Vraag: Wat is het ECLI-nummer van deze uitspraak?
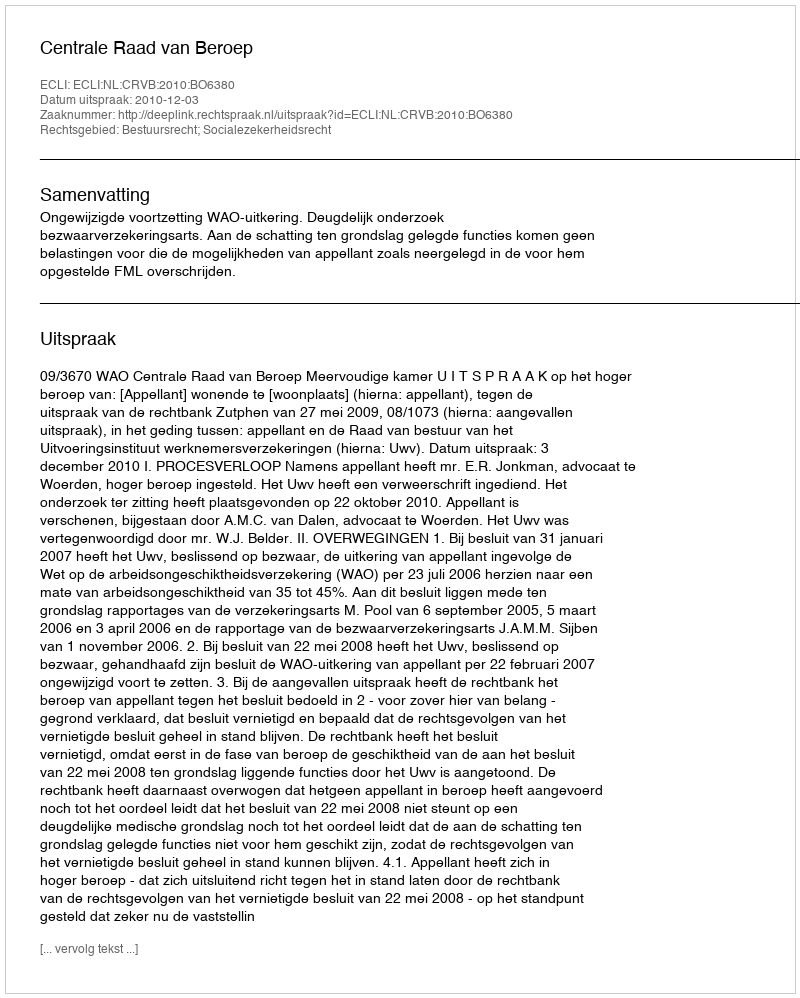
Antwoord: ECLI:NL:CRVB:2010:BO6380